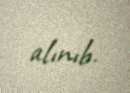
alınıb.